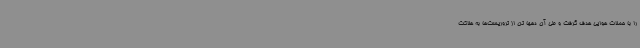
را با حملات هوایی هدف گرفت و طی آن دهها تن از تروریست‌ها به هلاکت